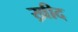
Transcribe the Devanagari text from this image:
ख्रीद